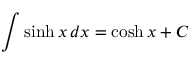
\int \sinh x \, d x = \cosh x + C